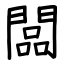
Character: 闆